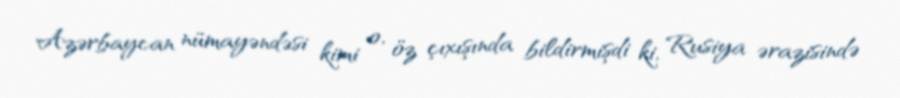
Azərbaycan nümayəndəsi kimi o, öz çıxışında bildirmişdi ki, Rusiya ərazisində